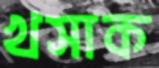
খসাক